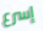
إسرع